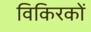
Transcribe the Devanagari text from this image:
विकिरकों